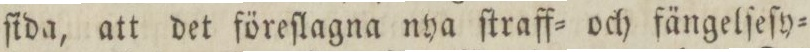
ſida, att det föreſlagna nya ſtraff= och fängelſeſy=